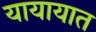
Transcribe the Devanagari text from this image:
यायायात